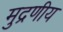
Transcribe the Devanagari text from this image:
मुद्रणीय